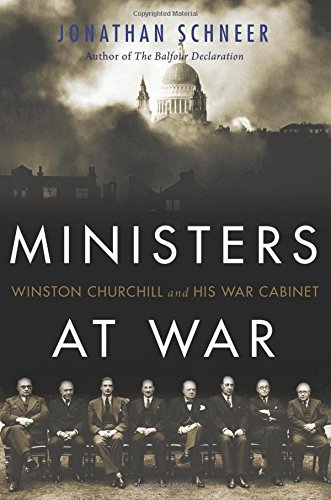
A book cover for Ministers at War: Winston Churchill and His War Cabinet; Jonathan Schneer; History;